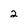
Character: 2